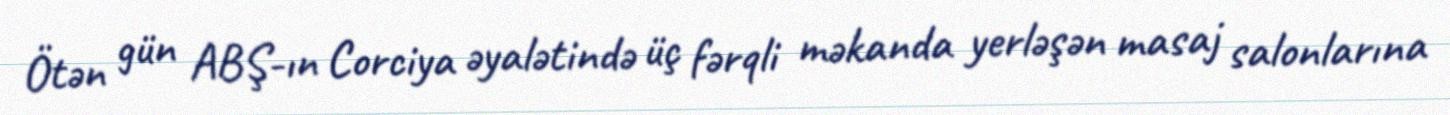
Ötən gün ABŞ-ın Corciya əyalətində üç fərqli məkanda yerləşən masaj salonlarına